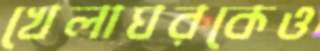
খেলাঘরকেও